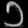
Digit: ၁